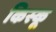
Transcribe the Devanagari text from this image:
किस्‍कू